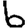
Digit: 6